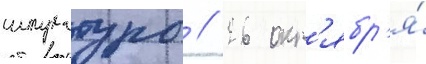
штукатуры // 26 окт'ябр'я́